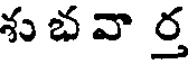
శు భ వా ర్త